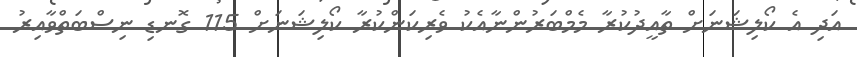
އަދި އެ ކޯލިޝަނަށް ތާއީދުކުރާ މެމްބަރުންނާއެކު ވެރިކަންކުރާ ކޯލިޝަނަށް 115 ގޮނޑި ނިސްބަތްވާއިރު